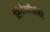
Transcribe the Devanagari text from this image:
सियेम्बोर्सकी